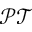
\mathcal { P T }